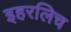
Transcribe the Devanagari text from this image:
इहरलिच